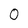
Character: 0